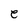
Character: e